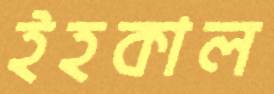
ইহকাল